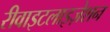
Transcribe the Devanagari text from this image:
रीवाइटलाइज़ेशन